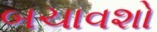
બચાવશો